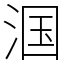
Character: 𬇹